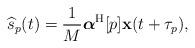
LaTeX: \begin{align*}\widehat{s}_p(t)=\frac{1}{M}\boldsymbol{\alpha}^{\mathrm{H}}[p]\mathbf{x}(t+\tau_p),\end{align*}